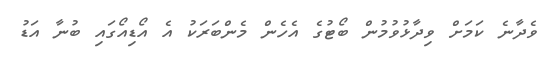
ވެދާނެ ކަމަށް ވިދާޅުވުމުން ބޯޓުގެ އެހެން މެންބަރަކު އެ އޯޑިއޯގައި ބުނާ އަޑު